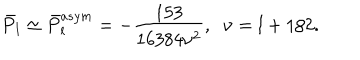
\bar { P } _ { l } \simeq \bar { P } _ { l } ^ { a s y m } = - \frac { 1 5 3 } { 1 6 3 8 4 \nu ^ { 2 } } , \; \; \nu = l + 1 / 2 .